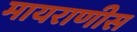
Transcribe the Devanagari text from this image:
मायराणीस